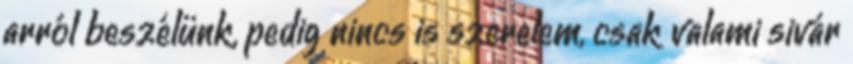
arról beszélünk, pedig nincs is szerelem, csak valami sivár